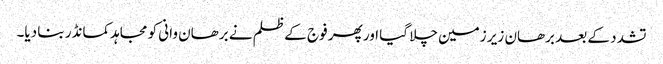
تشدد کے بعد برھان زیر زمین چلا گیا اور پھر فوج کے ظلم نے برھان وانی کو مجاہدکمانڈر بنا دیا۔